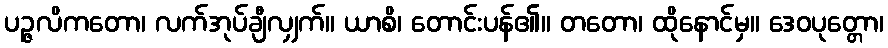
ပဉ္ဇလိကတော၊ လက်အုပ်ချီလျှက်။ ယာစိ၊ တောင်းပန်၏။ တတော၊ ထိုနောင်မှ။ ဒေဝပုတ္တော၊